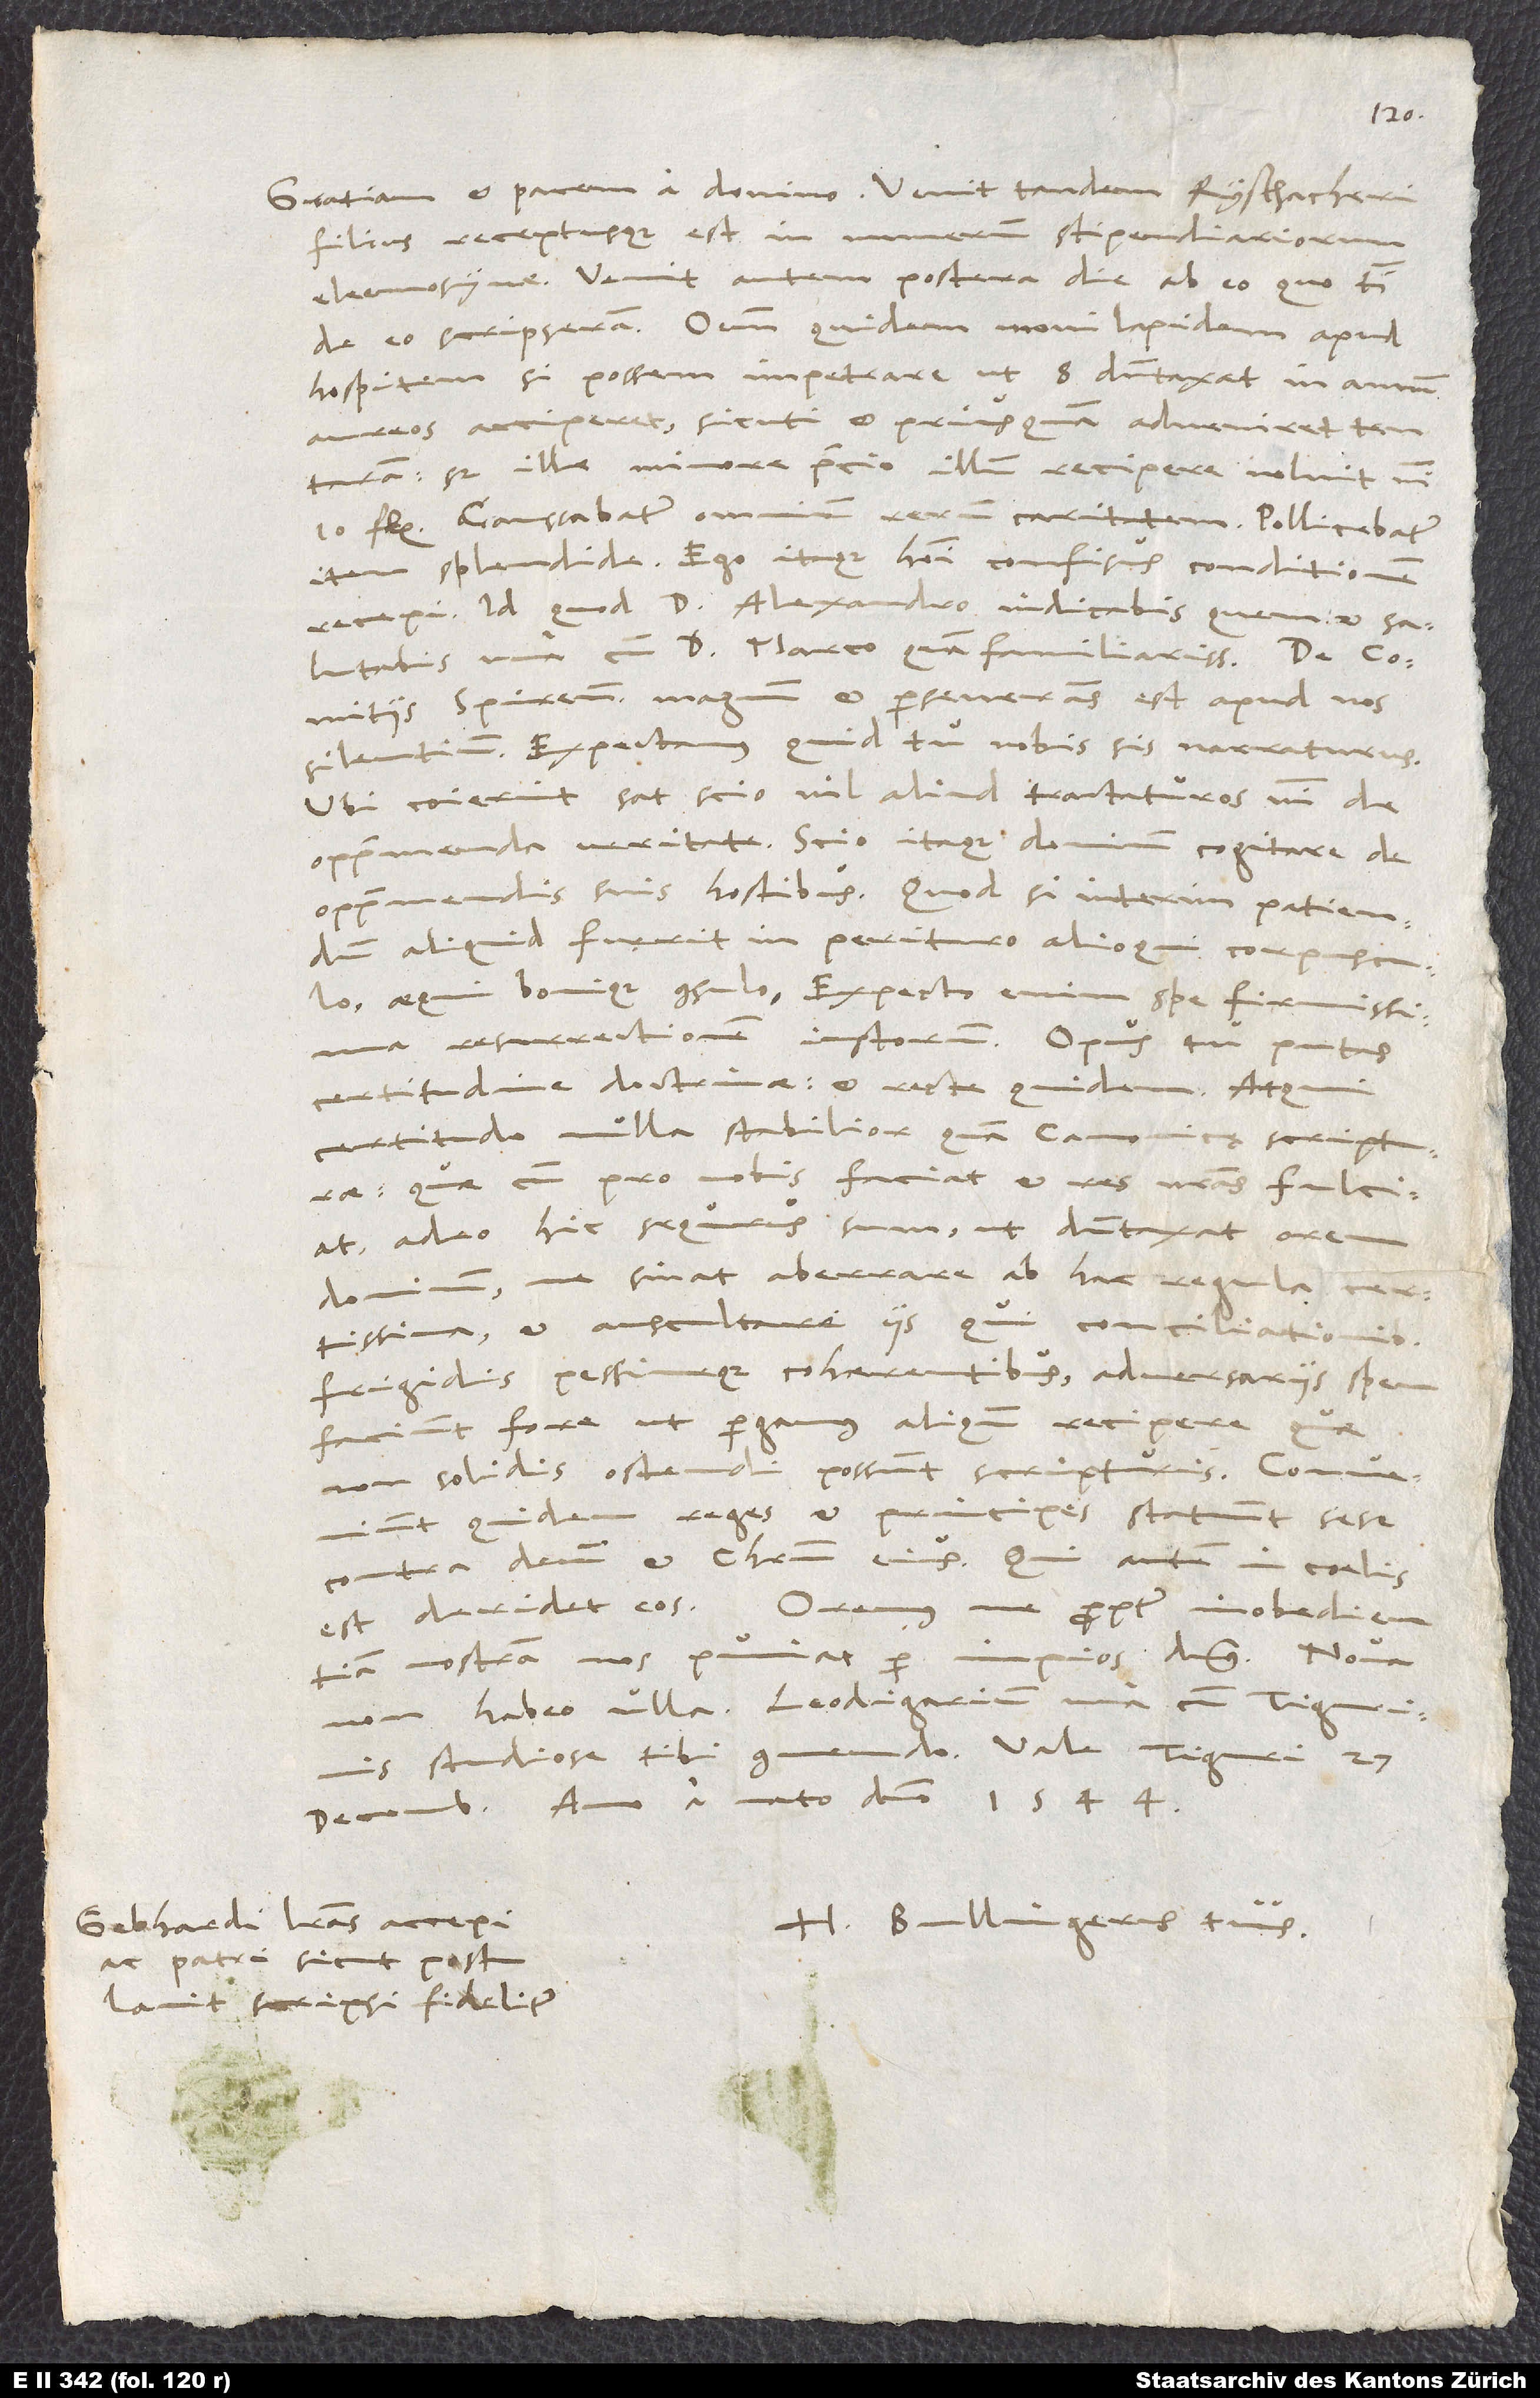
filius receptusque est in numerum stipendiariorum
eleemosynae. Venit autem postera die ab eo, quo tibi
hospitem, si possem impetrare, ut 8 dumtaxat in annum
aureos acciperet, sicuti et, priusquam adveniret, tentaram;
sed ille minore precio illum recipere noluit nisi
10 fl. Caussabatur omnium rerum caritatem. Pollicebatur
item splendide. Ego itaque homini confisus conditionem
recepi, id quod d. Alexandro indicabis, quem et
salutabis una cum d. Marco quam familiarissime.
comitiis Spirensibus magnum et perseverans est apud nos
silentium. Expectamus, quid tu nobis sis narraturus.
Ubi coierint, sat scio nil aliud tractaturos nisi de
opprimenda veritate. Scio itaque dominum cogitare de
opprimendis suis hostibus. Quod si interim patiendum
aliquid fuerit in perituro alioqui corpusculo,
aequi bonique consulo; expecto enim spe firmissima
resurrectionem iustorum. Opus tu putas
certitudine doctrinae et recte quidem. Atqui
certitudo nulla stabilior quam canonicę scripturae;
quae cum pro nobis faciat et res nostras fulciat,
adeo hic sequrus sum, ut dumtaxat orem
dominum, ne sinat aberrare ab hac regula certissima
et auscultare iis, qui conciliationibus
frigidis pessimeque cohaerentibus adversariis spem
faciunt fore, ut pergamus aliquando recipere, quae
non solidis ostendi possunt scripturis. Conveniunt
quidem reges, et principes statuunt sese
contra deum et Christum eius; qui autem in coelis
est, deridet eos. Oremus, ne propter inobedientiam
nostram nos puniat per impios dominus.
decembris anno a nato domino 1544.
Gebhardi literas accepi
H. Bullingerus tuus.
ac patri, sicut postulavit,
scripsi fideliter.